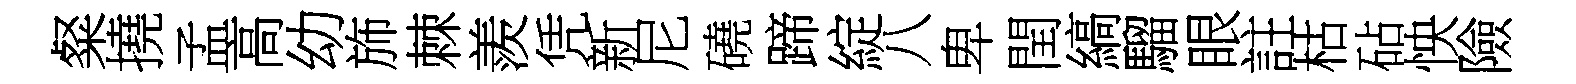
粲撓孟高幼斾棘羨凭新尼磽蹄綻八卑閏縞騮眼註枯砧怏險